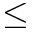
\le